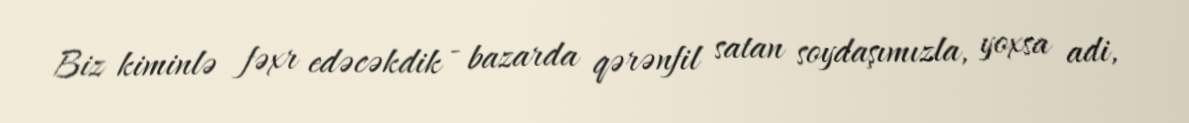
Biz kiminlə fəxr edəcəkdik - bazarda qərənfil satan soydaşımızla, yoxsa adi,